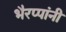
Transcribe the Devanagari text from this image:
भैरप्पांनी